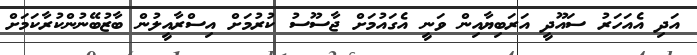
އަދި އެއަހަރު ސައޫދީ އަރަބިޔާއިން ވަނީ އެގައުމަށް ޖާސޫސު ކުރުމަށް އިސްރާއީލުން ބާޒުބޭނުންކުރާކަމަށް